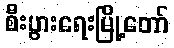
စီးပွားရေးမြို့တော်